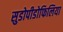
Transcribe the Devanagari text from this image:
सुडोपीडोफिलिया